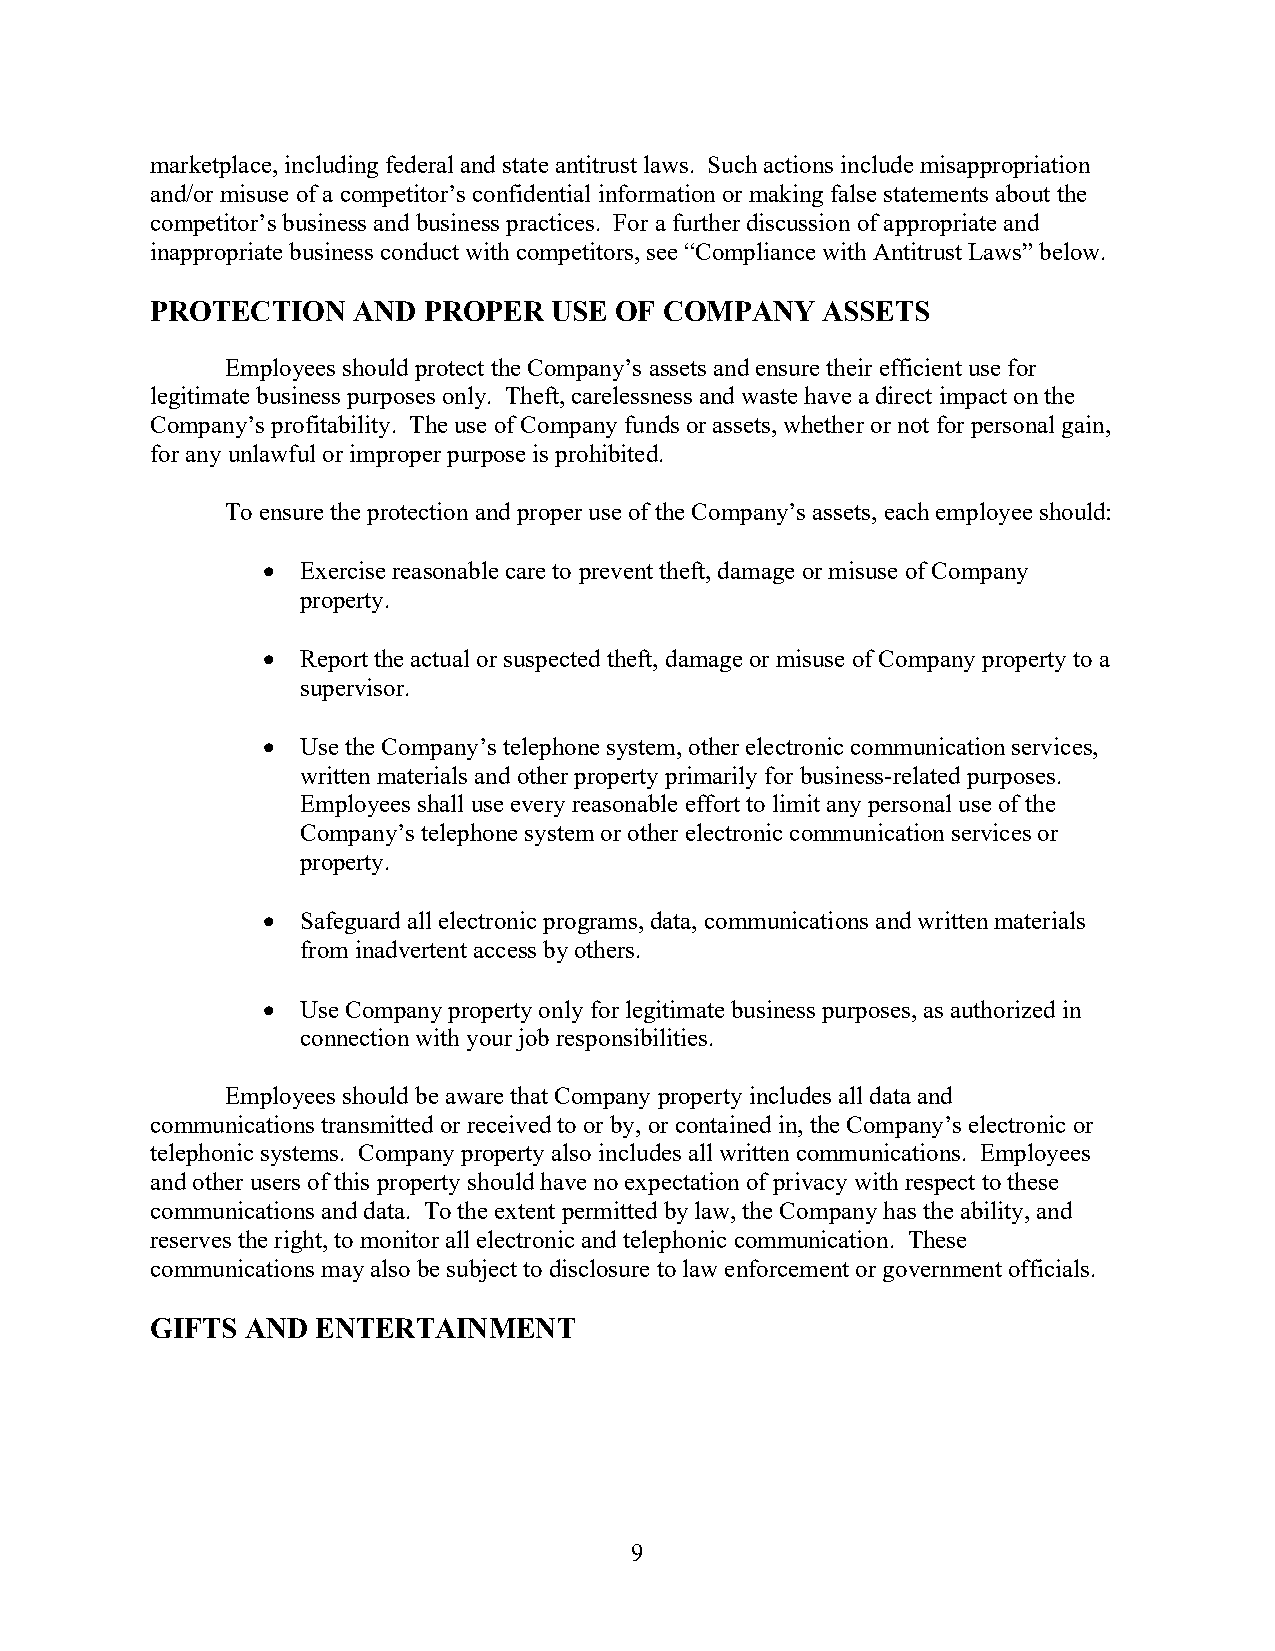
marketplace, including federal and state antitrust laws. Such actions include misappropriation
 and/or misuse of a competitor’s confidential information or making false statements about the
 competitor’s business and business practices. For a further discussion of appropriate and
 inappropriate business conduct with competitors, see “Compliance with Antitrust Laws” below.
 PROTECTION   AND  PROPER  USE  OF COMPANY   ASSETS
 Employees should protect the Company’s assets and ensure their efficient use for
 legitimate business purposes only. Theft, carelessness and waste have a direct impact on the
 Company’s profitability. The use of Company funds or assets, whether or not for personal gain,
 for any unlawful or improper purpose is prohibited.
 To ensure the protection and proper use of the Company’s assets, each employee should:
   Exercise reasonable care to prevent theft, damage or misuse of Company
 property.
   Report the actual or suspected theft, damage or misuse of Company property to a
 supervisor.
   Use the Company’s telephone system, other electronic communication services,
 written materials and other property primarily for business-related purposes.
 Employees shall use every reasonable effort to limit any personal use of the
 Company’s telephone system or other electronic communication services or
 property.
   Safeguard all electronic programs, data, communications and written materials
 from inadvertent access by others.
   Use Company property only for legitimate business purposes, as authorized in
 connection with your job responsibilities.
 Employees should be aware that Company property includes all data and
 communications transmitted or received to or by, or contained in, the Company’s electronic or
 telephonic systems. Company property also includes all written communications. Employees
 and other users of this property should have no expectation of privacy with respect to these
 communications and data. To the extent permitted by law, the Company has the ability, and
 reserves the right, to monitor all electronic and telephonic communication. These
 communications may also be subject to disclosure to law enforcement or government officials.
 GIFTS AND  ENTERTAINMENT
 9